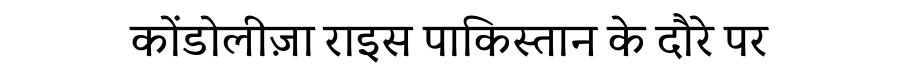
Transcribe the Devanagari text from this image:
कोंडोलीज़ा राइस पाकिस्तान के दौरे पर